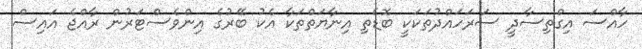
ހާއްސަ އިގްތިސާދީ ސަރަހައްދުތަކަކީ ބޮޑެތި އިނާޔަތްތަކާ އެކު ބޭރުގެ އިންވެސްޓަރުން ރާއްޖެ އައިސް